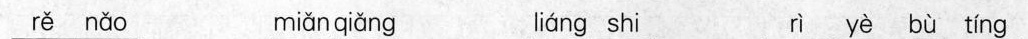
re nao mian qiang liang shi ri ye bu ting